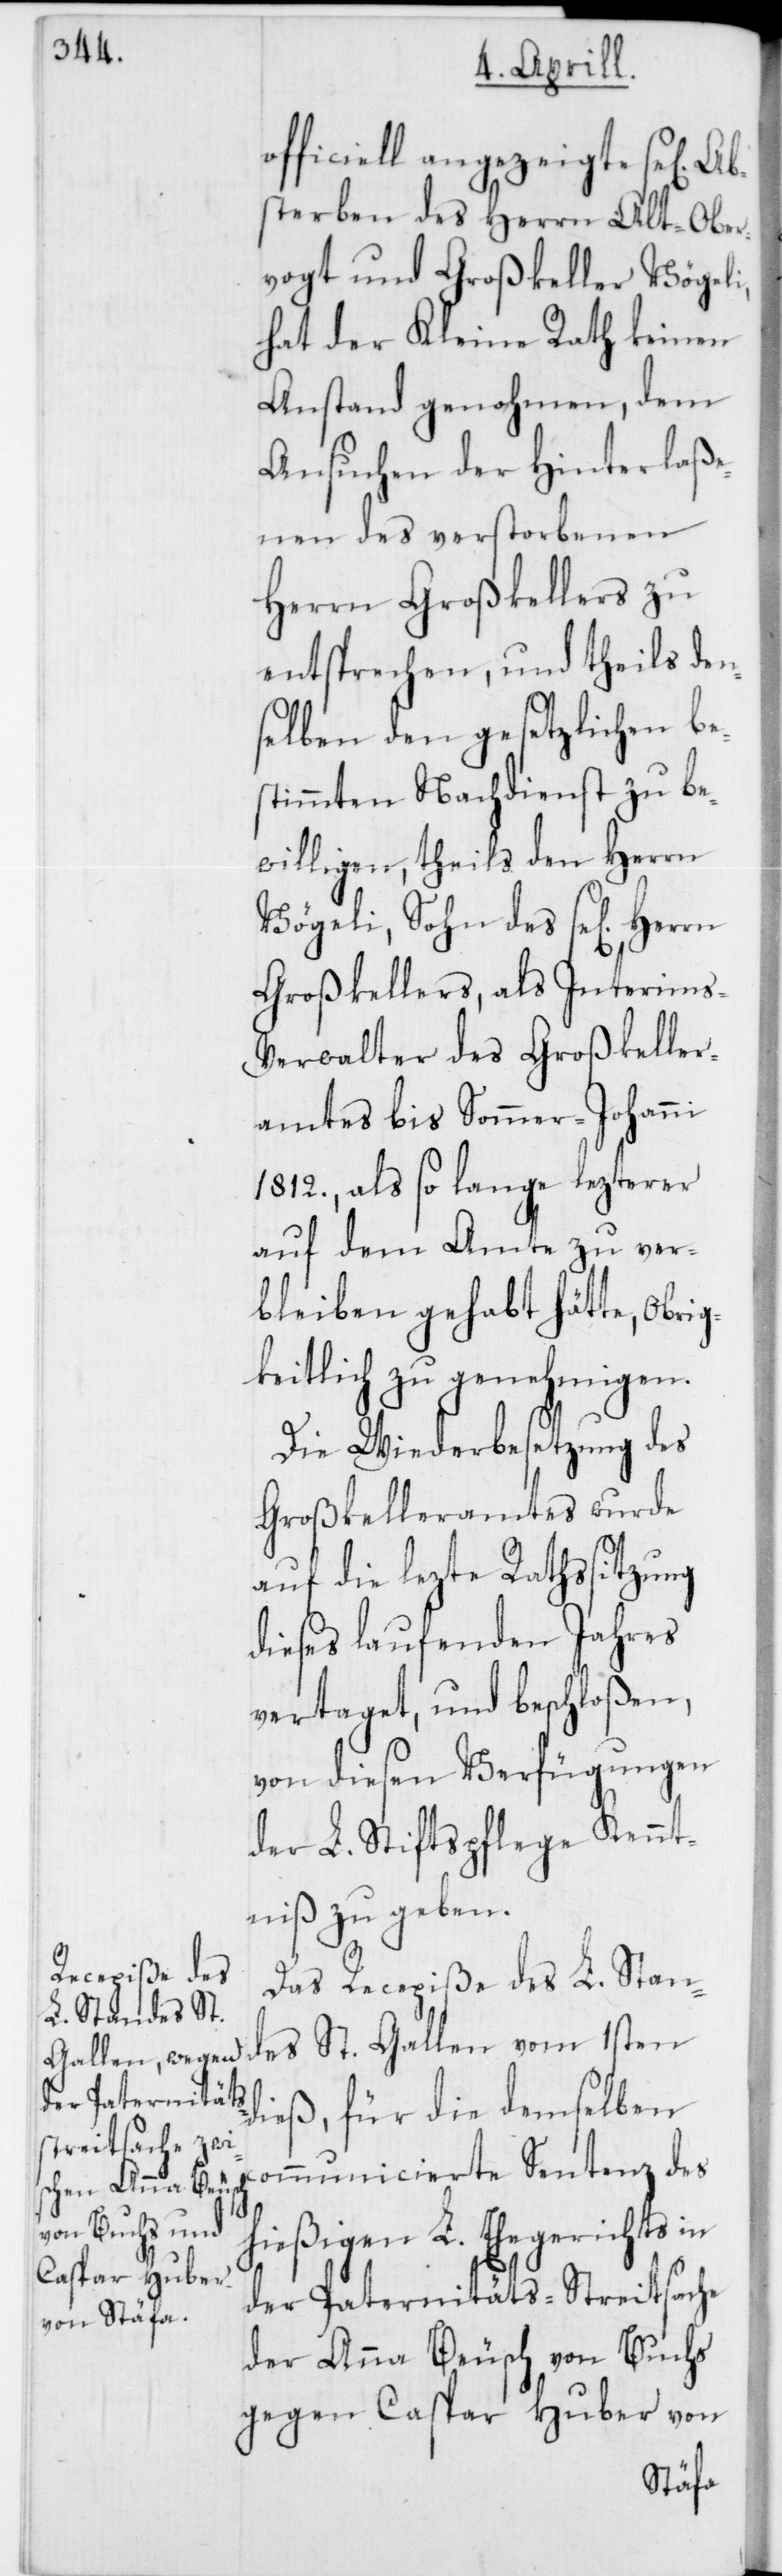
officiell angezeigte se[l¬
terben des Herrn Alt-Ober¬
vogt und Großkeller Vögeli,
hat der Kleine Rath keinen
Anstand genohmen, dem
Ansuchen der Hinterlaße¬
nen des verstorbenen
Herrn Großkellers zu
entsprechen, und theils den¬
selben den gesetzlichen be¬
stimmten Nachdienst zu be¬
willigen, theils den Herrn
Vögeli, Sohn des se[ligen]
Großkellers, als Interims-V¬
erwalter des Großkeller¬
amtes bis Sommer Johanni
1812., als so lange lezterer
auf dem Amte zu ver¬
bleiben gehabt hätte, Obrig¬
keitlich zu genehmigen.
Die Wiederbesetzung des
Großkelleramtes wurde
auf die lezte Rathssitzung
dieses laufenden Jahres
vertaget, und beschloßen,
von diesen Verfügungen
der L. Stiftspflege Kennt¬
niß zu geben.
Das Recepiße des L. Stan¬
des St. Gallen vom 1sten
ommunicierte Sentenz des
die demselben c¬
hießigen L. Ehegerichts in
der Paternitäts-Streitsache
der Anna Beusch von Buchs
gegen Caspar Huber von